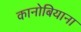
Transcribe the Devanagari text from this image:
कानोबियाना